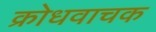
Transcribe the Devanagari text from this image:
क्रोधवाचक